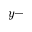
y -